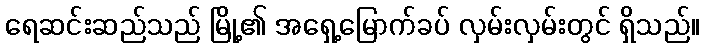
ရေဆင်းဆည်သည် မြို့၏ အရှေ့မြောက်ခပ် လှမ်းလှမ်းတွင် ရှိသည်။